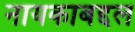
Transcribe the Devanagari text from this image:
नायकाबद्दल